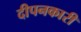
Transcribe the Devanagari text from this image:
दीपनकारी